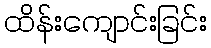
ထိန်းကျောင်းခြင်း